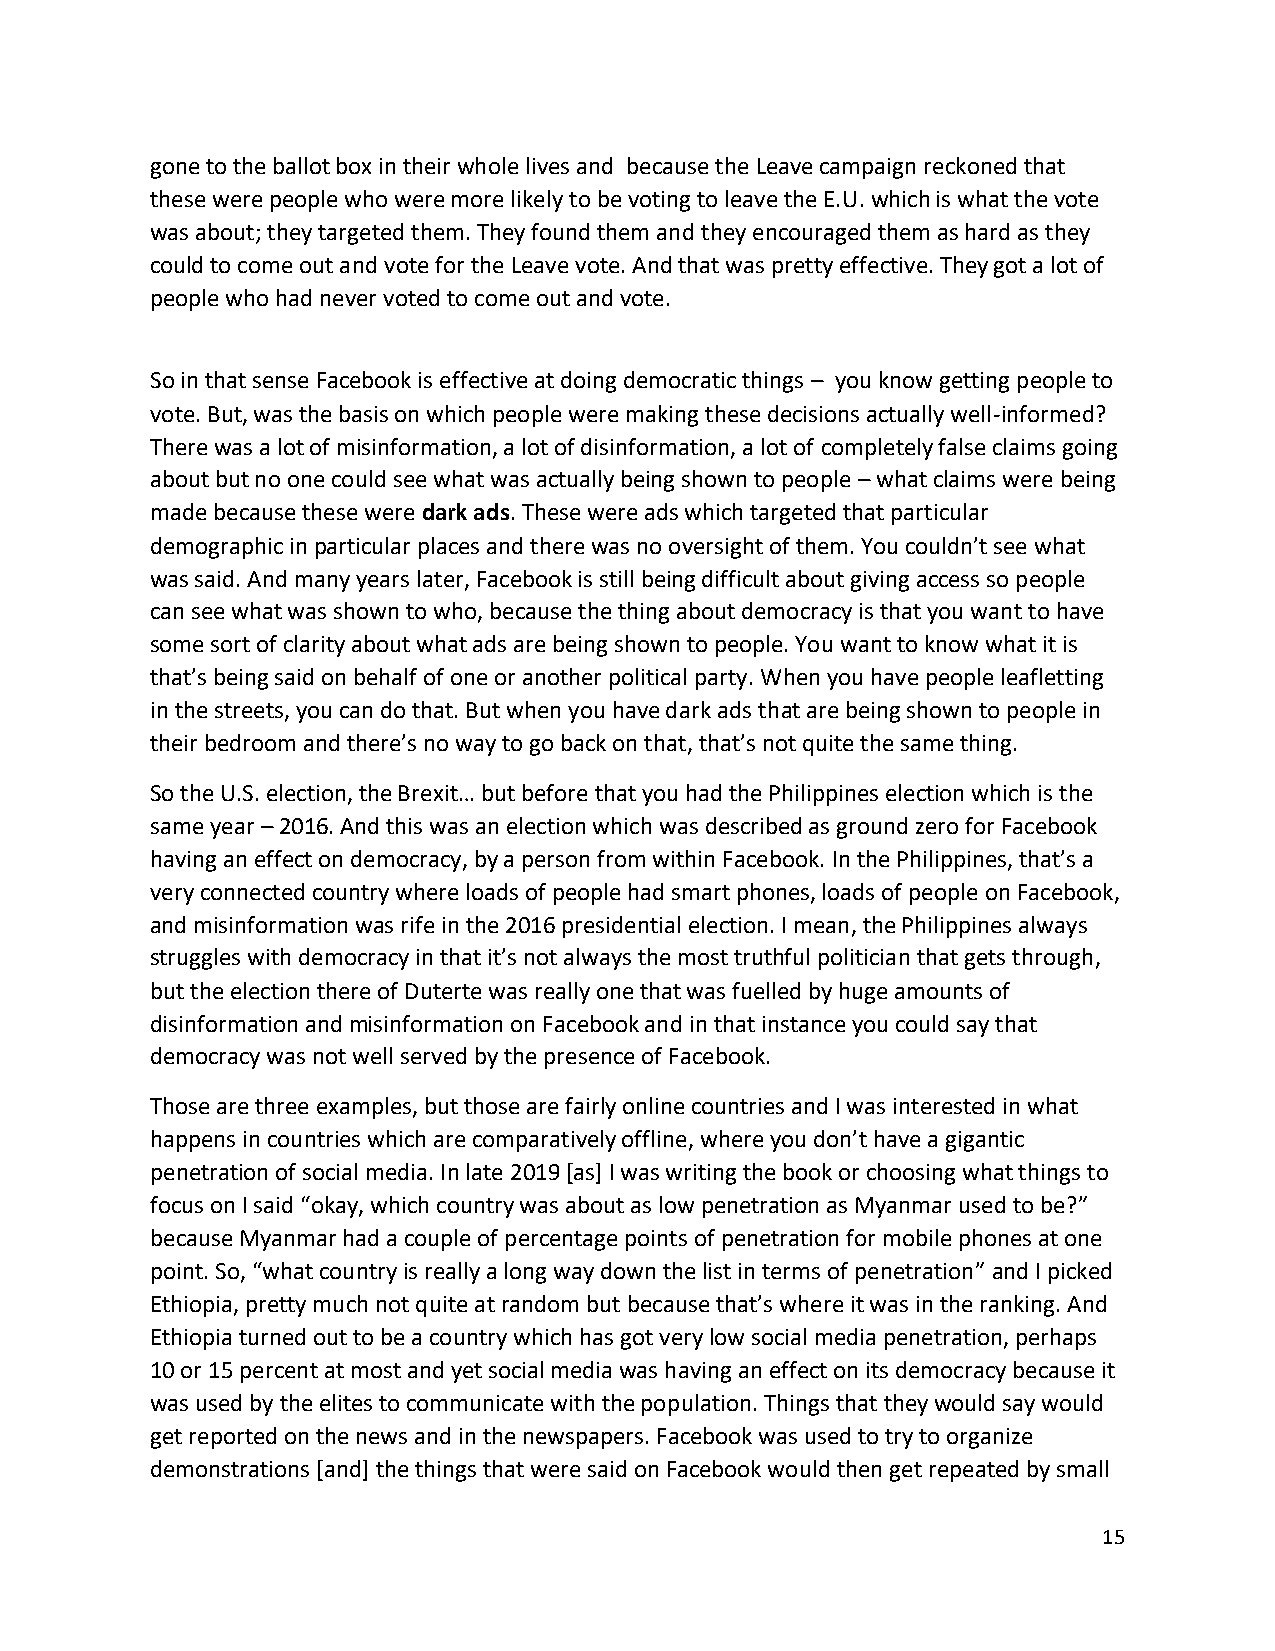
gone to the ballot box in their whole lives and because the Leave campaign reckoned that
 these were people who were more likely to be voting to leave the E.U. which is what the vote
 was about; they targeted them. They found them and they encouraged them as hard as they
 could to come out and vote for the Leave vote. And that was pretty effective. They got a lot of
 people who had never voted to come out and vote.
 So in that sense Facebook is effective at doing democratic things – you know getting people to
 vote. But, was the basis on which people were making these decisions actually well-informed?
 There was a lot of misinformation, a lot of disinformation, a lot of completely false claims going
 about but no one could see what was actually being shown to people – what claims were being
 made because these were dark ads. These were ads which targeted that particular
 demographic in particular places and there was no oversight of them. You couldn’t see what
 was said. And many years later, Facebook is still being difficult about giving access so people
 can see what was shown to who, because the thing about democracy is that you want to have
 some sort of clarity about what ads are being shown to people. You want to know what it is
 that’s being said on behalf of one or another political party. When you have people leafletting
 in the streets, you can do that. But when you have dark ads that are being shown to people in
 their bedroom and there’s no way to go back on that, that’s not quite the same thing.
 So the U.S. election, the Brexit… but before that you had the Philippines election which is the
 same year – 2016. And this was an election which was described as ground zero for Facebook
 having an effect on democracy, by a person from within Facebook. In the Philippines, that’s a
 very connected country where loads of people had smart phones, loads of people on Facebook,
 and misinformation was rife in the 2016 presidential election. I mean, the Philippines always
 struggles with democracy in that it’s not always the most truthful politician that gets through,
 but the election there of Duterte was really one that was fuelled by huge amounts of
 disinformation and misinformation on Facebook and in that instance you could say that
 democracy was not well served by the presence of Facebook.
 Those are three examples, but those are fairly online countries and I was interested in what
 happens in countries which are comparatively offline, where you don’t have a gigantic
 penetration of social media. In late 2019 [as] I was writing the book or choosing what things to
 focus on I said “okay, which country was about as low penetration as Myanmar used to be?”
 because Myanmar had a couple of percentage points of penetration for mobile phones at one
 point. So, “what country is really a long way down the list in terms of penetration” and I picked
 Ethiopia, pretty much not quite at random but because that’s where it was in the ranking. And
 Ethiopia turned out to be a country which has got very low social media penetration, perhaps
 10 or 15 percent at most and yet social media was having an effect on its democracy because it
 was used by the elites to communicate with the population. Things that they would say would
 get reported on the news and in the newspapers. Facebook was used to try to organize
 demonstrations [and] the things that were said on Facebook would then get repeated by small
 15